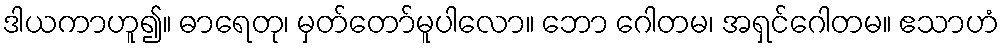
ဒါယကာဟူ၍။ ဓာရေတု၊ မှတ်တော်မူပါလော။ ဘော ဂေါတမ၊ အရှင်ဂေါတမ။ ဧသာဟံ